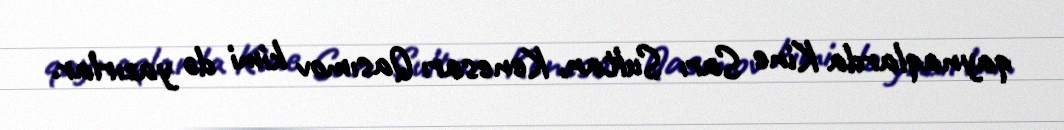
qaynaqlarda Kine Sarı Sultan, Kenesarı Qasımov kimi də yazırlar.